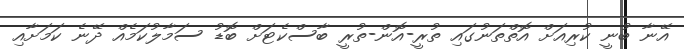
އޭނާ ބުނީ ކުރިއަށް އޮތްތަނުގައި ތުރީ-އޮން-ތުރީ ބާސްކެޓަށް ބޮޑު ސަމާލުކަމެއް ދޭނެ ކަމަށާއި